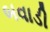
બવાડી